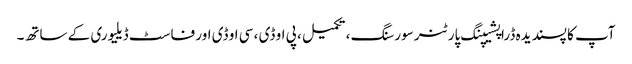
آپ کا پسندیدہ ڈراپشیپنگ پارٹنر سورسنگ ، تکمیل ، پی او ڈی ، سی او ڈی اور فاسٹ ڈیلیوری کے ساتھ۔